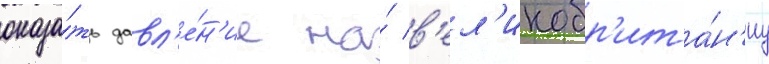
оказа́ть давл'е́н'ие на́ в'ел'икобр'ита́н'иу